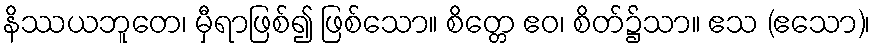
နိဿယဘူတေ၊ မှီရာဖြစ်၍ ဖြစ်သော။ စိတ္တေ ဧဝ၊ စိတ်၌သာ။ ဧသ (ဧသော)၊